Annual report of the Punjab Veterinary College and of the Civil Veterinary Department, Punjab - 1909-1919
Year: 1909
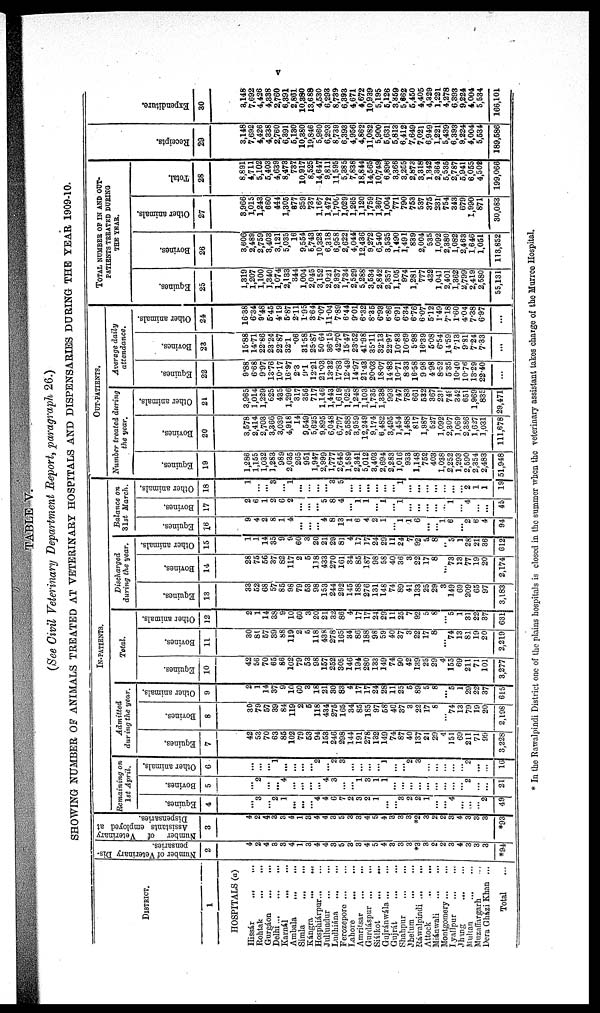
v
TABLE V.
(See Civil Veterinary Department Report, paragraph 26.)
SHOWING NUMBER OF ANIMALS TREATED AT VETERINARY HOSPITALS AND DISPENSARIES DURING THE YEAR 1909-10.
DISTRICT.
1
HOSPITALS (a)
Hissár … ...
Rohtak
…
…
Gurgáon
...
...
Delhi
…
…
Karnál
…
…
Ambala
…
…
Simla
…
…
Kángra … ...
Hosphiárpur … …
Jullundur
…
…
Ludhiána
…
…
Ferozepore … …
Lahore
…
…
Amritsar
…
…
Gurdáspur
…
…
Siálkot
…
…
Gujránwála … …
Gujrát … …
Shahpur
…
…
Jhelum
…
…
Ráwalpindi … …
Attock
…
…
Miánwali … …
Montgomery…
…
Lyallpur
…
…
Jhang
... …
Multan ……
Muzaffargarh …
Dera Gházi Khan ...
Total …
Number of Veterinary Dis-
pensaries.
2
4
2
4
3
3
4
1
3
4
4
3
5
3
3
4
5
4
3
3
3
*3
3
2
2
3
4
3
3
3
*94
Number
of Veterinary
Assistants employed at
Dispensaries.
3
4
2
4
3
3
4
1
3
4
4
3
5
3
3
4
5
4
3
3
3
*2
3
2
2
3
4
3
3
3
*93
IN-PATIENTS.
Remaining on
1st April.
Equines.
4
…
3
...
2
1
…
...
...
4
4
6
7
2
3
2
1
…
…
3
2
2
1
...
...
4
...
...
...
2
49
Bovines.
5
…
2
…
...
4
…
…
...
…
4
3
...
...
1
3
1
1
…
…
…
…
…
…
…
…
…
2
...
...
21
Other animals.
6
…
...
...
1
…
…
…
...
2
...
2
3
…
…
…
…
1
…
...
2
3
…
…
...
...
...
2
...
...
16
Admitted
during the year.
Equines.
7
42
53
70
63
85
102
79
53
94
153
246
298
144
191
278
132
149
74
87
40
137
21
29
4
]51
69
211
71
99
3,228
Bovines.
8
30
79
57
39
84
119
2
5
118
434
275
165
34
85
185
97
58
40
37
3
22
17
8
…
74
13
79
19
20
2,198
Other animals.
9
2
1
14
37
9
10
60
3
18
21
30
83
4
17
17
24
28
11
25
5
89
5
8
...
5
1
29
22
37
615
Total.
Equines.
10
42
56
70
65
86
102
79
53
98
157
252
305
146
194
280
133
149
74
90
42
139
25
29
4
155
69
211
71
101
3,277
Bovines.
11
30
80
57
39
88
119
2
5
118
438
278
165
34
86
188
98
59
40
37
3
22
17
8
...
74
13
81
19
20
2,219
Other animals.
12
2
1
14
38
9
10
60
3
20
21
32
86
4
17
17
24
29
11
25
7
92
5
8
...
5
1
31
22
37
631
Discharged
during the year.
Equines.
13
33
52
68
57
85
98
79
53
98
153
244
292
145
188
276
131
148
74
89
41
133
25
29
3
149
69
209
65
97
3,183
Bovines.
14
28
75
56
37
82
117
2
5
118
433
270
161
34
85
187
98
58
40
36
3
22
17
8
...
73
13
77
19
20
2,174
Other animals.
15
1
1
14
35
9
9
60
3
20
21
29
81
4
17
17
24
29
11
24
7
92
5
8
...
5
1
28
21
36
612
Balance on
31st March.
Equines.
16
9
4
2
8
1
4
…
…
…
4
8
13
1
6
4
2
1
1
1
6
1
6
2
6
4
94
Bovines.
17
2
6
1
2
6
2
…
...
...
5
8
4
…
1
1
...
1
…
1
…
…
…
…
…
1
…
4
…
...
45
Other animals.
18
1
...
...
3
...
1
…
…
…
…
3
5
…
…
…
…
…
…
1
…
…
…
…
…
…
…
2
1
1
19
OUT-PATIENTS.
Number treated during
the year.
Equines.
19
1,286
1,155
1,032
1,283
989
2,035
265
951
1,947
2,999
1,777
2,645
1,589
2,341
5,012
3,403
2,694
2,283
1,016
933
1,148
752
403
1,038
2,252
1,293
2,590
2,354
2,483
51,948
Bovines.
20
3,578
2,414
2,703
3,366
3,039
4,918
14
9,549
5,625
9,895
6,048
6,797
2,588
3,959
12,249
9,174
6,482
3,495
1,454
1,488
817
1,987
527
1,092
2,307
1,069
2,386
1,637
1,031
111,678
Other animals.
21
3,965
1,014
1,229
625
435
1,296
317
356
717
1,146
1,443
1,619
1,025
1,248
1,103
1,735
1,338
993
747
783
661
532
367
231
749
342
651
1,969
835
29,471
Average daily
attendance.
Equines.
22
9.88
6.68
9.97
13.76
10.17
16.97
2.3
9.1
12.21
21.03
13.32
17.83
12.49
14.97
21.43
20.03
18.07
14.83
10.71
8.33
16.58
9.98
4.98
8.52
5.35
10.40
10.76
13.29
22.40
...
Bovines.
23
15.88
14.71
22.86
23.24
22.87
32.1
.06
31.58
25.87
50.64
36.15
42.70
15.47
23.52
41.98
35.11
32.13
22.97
10.83
10.69
5.98
16.39
5.08
6.54
14.59
7.13
9.81
7.24
7.33
...
Other animals.
24
16.38
6.34
9.48
5.45
4.19
5.87
2.11
1.95
3.64
7.07
11.04
7.89
6.44
9.01
6.32
8.35
6.93
6.86
6.91
6.34
6.76
6.07
5.12
1.49
7.18
1.60
4.04
7.38
6.97
...
TOTAL NUMBER OF IN AND OUT-
PATIENTS TREATED DURING
THE YEAR.
Equines.
25
1,319
1,207
1,100
1,340
1,074
2,133
344
1,004
2,045
3,152
2,021
2,937
1,734
2,529
5,288
3,534
2,842
2,357
1,105
974
1,281
777
432
1,041
2,401
1,362
2,799
2,419
2,580
55,131
Bovines.
26
3,606
2,489
2,759
3,403
3,121
5,035
16
9,554
5,743
10,328
6,318
6,958
2,622
4,044
12,436
9,272
6,540
3,535
1,490
1,491
839
2,004
535
1,092
2,380
1,082
2,463
1,646
1,051
113,852
Other animals.
27
8,966
1,015
1,243
660
444
1,305
877
359
737
1,167
1,472
1,700
1,029
1,265
1,120
1,759
1,367
1,004
771
790
753
537
375
231
754
343
679
1,990
871
30,083
Total.
28
8,891
4,711
5,102
5,403
4,639
8,473
737
10,917
8,525
14,647
9,811
11,595
5,385
7,838
18,844
14,565
10,749
6,896
3,366
3,255
2,873
3.318
1.342
2,364
5,535
2,787
5,941
6,055
4,508
199,066
Recei pt s .
29
3,148
7,692
4,426
4,338
2,760
6,391
5,130
10,380
19,846
5,960
6,293
8,739
6,393
4,956
4,862
11,082
5,900
5,631
5,813
6,412
7,649
7,021
6,949
1,221
5,439
6,393
9,224
4,004
5,534
189,586
Expe ndit ur e .
30
3,148
7,692
4,426
4,338
2,760
6,391
2,801
10,380
13,688
4,530
6,293
8,739
6,393
4,671
4,672
10,939
5,195
5,126
3,359
5,662
5,450
4,405
4,329
1,221
4,278
6,393
9,224
4,004
5,534
166,101
* In the Rawalpindi District one of the plains hospitals is closed in the summer when the veterinary assistant takes charge of the Murree Hospital.